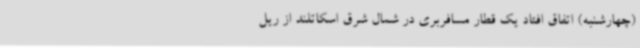
(چهارشنبه) اتفاق افتاد یک قطار مسافربری در شمال شرق اسکاتلند از ریل